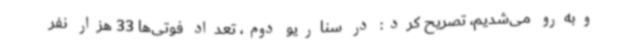
وبه‌رو می‌شدیم، تصریح کرد: در سناریو دوم، تعداد فوتی‌ها 33 هزار نفر